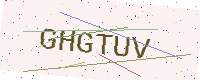
Text: GHGTUV